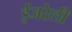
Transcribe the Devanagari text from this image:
ईजरेली